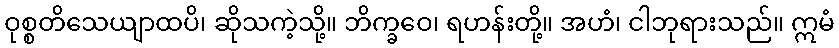
ဝုစ္စတိသေယျာထပိ၊ ဆိုသကဲ့သို့။ ဘိက္ခဝေ၊ ရဟန်းတို့။ အဟံ၊ ငါဘုရားသည်။ ဣမံ